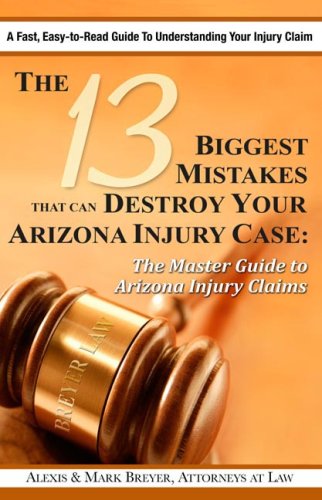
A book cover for The 13 Biggest Mistakes that Can Destroy Your Arizona Injury Case; Alexis & Mark Breyer; Law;